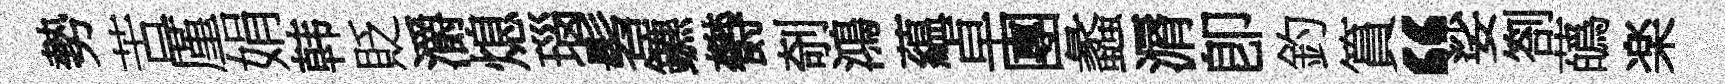
勢苦厪娟韩貶灂熄瑙髫鑣欎剞鴻藴卓團蠡漘卽釣篔“娑劄蘤楽